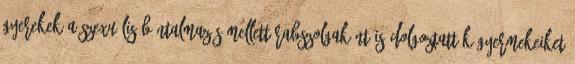
gyerekek A szexuális bántalmazás mellett rabszolgaként is dolgoztatták gyermekeiket